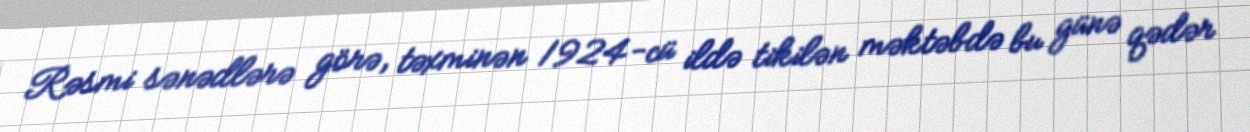
Rəsmi sənədlərə görə, təxminən 1924-cü ildə tikilən məktəbdə bu günə qədər